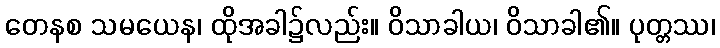
တေနစ သမယေန၊ ထိုအခါ၌လည်း။ ဝိသာခါယ၊ ဝိသာခါ၏။ ပုတ္တဿ၊